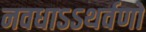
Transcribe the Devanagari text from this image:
नवधाऽऽथर्वणो